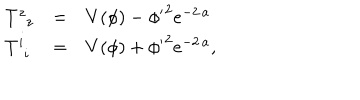
LaTeX: \left. \begin{array} { l c l } { { T _ { \; \; z } ^ { z } } } & { { = } } & { { V ( \phi ) - { { { { { \phi ^ { \prime } } } ^ { 2 } } } { { e ^ { - 2 \, a } } } } } } \\ { { T _ { \; \, i } ^ { i } } } & { { = } } & { { V ( \phi ) + { { { { { \phi ^ { \prime } } } ^ { 2 } } } { { e ^ { - 2 \, a } } } } , } } \\ \end{array} \right.